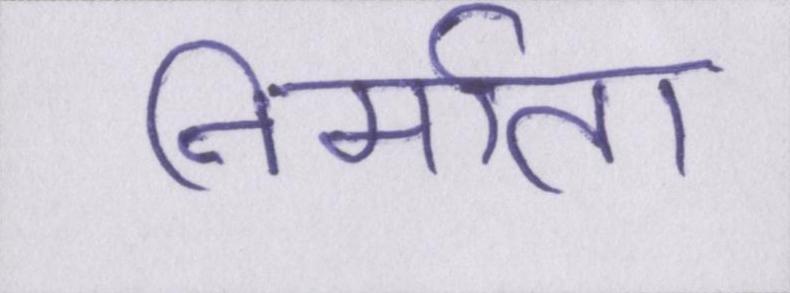
निर्माता